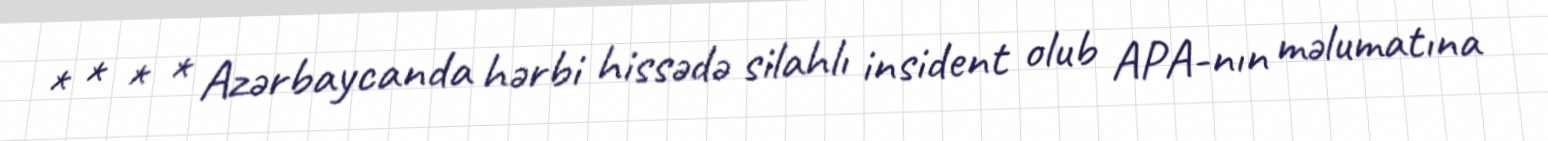
* * * * Azərbaycanda hərbi hissədə silahlı insident olub APA-nın məlumatına